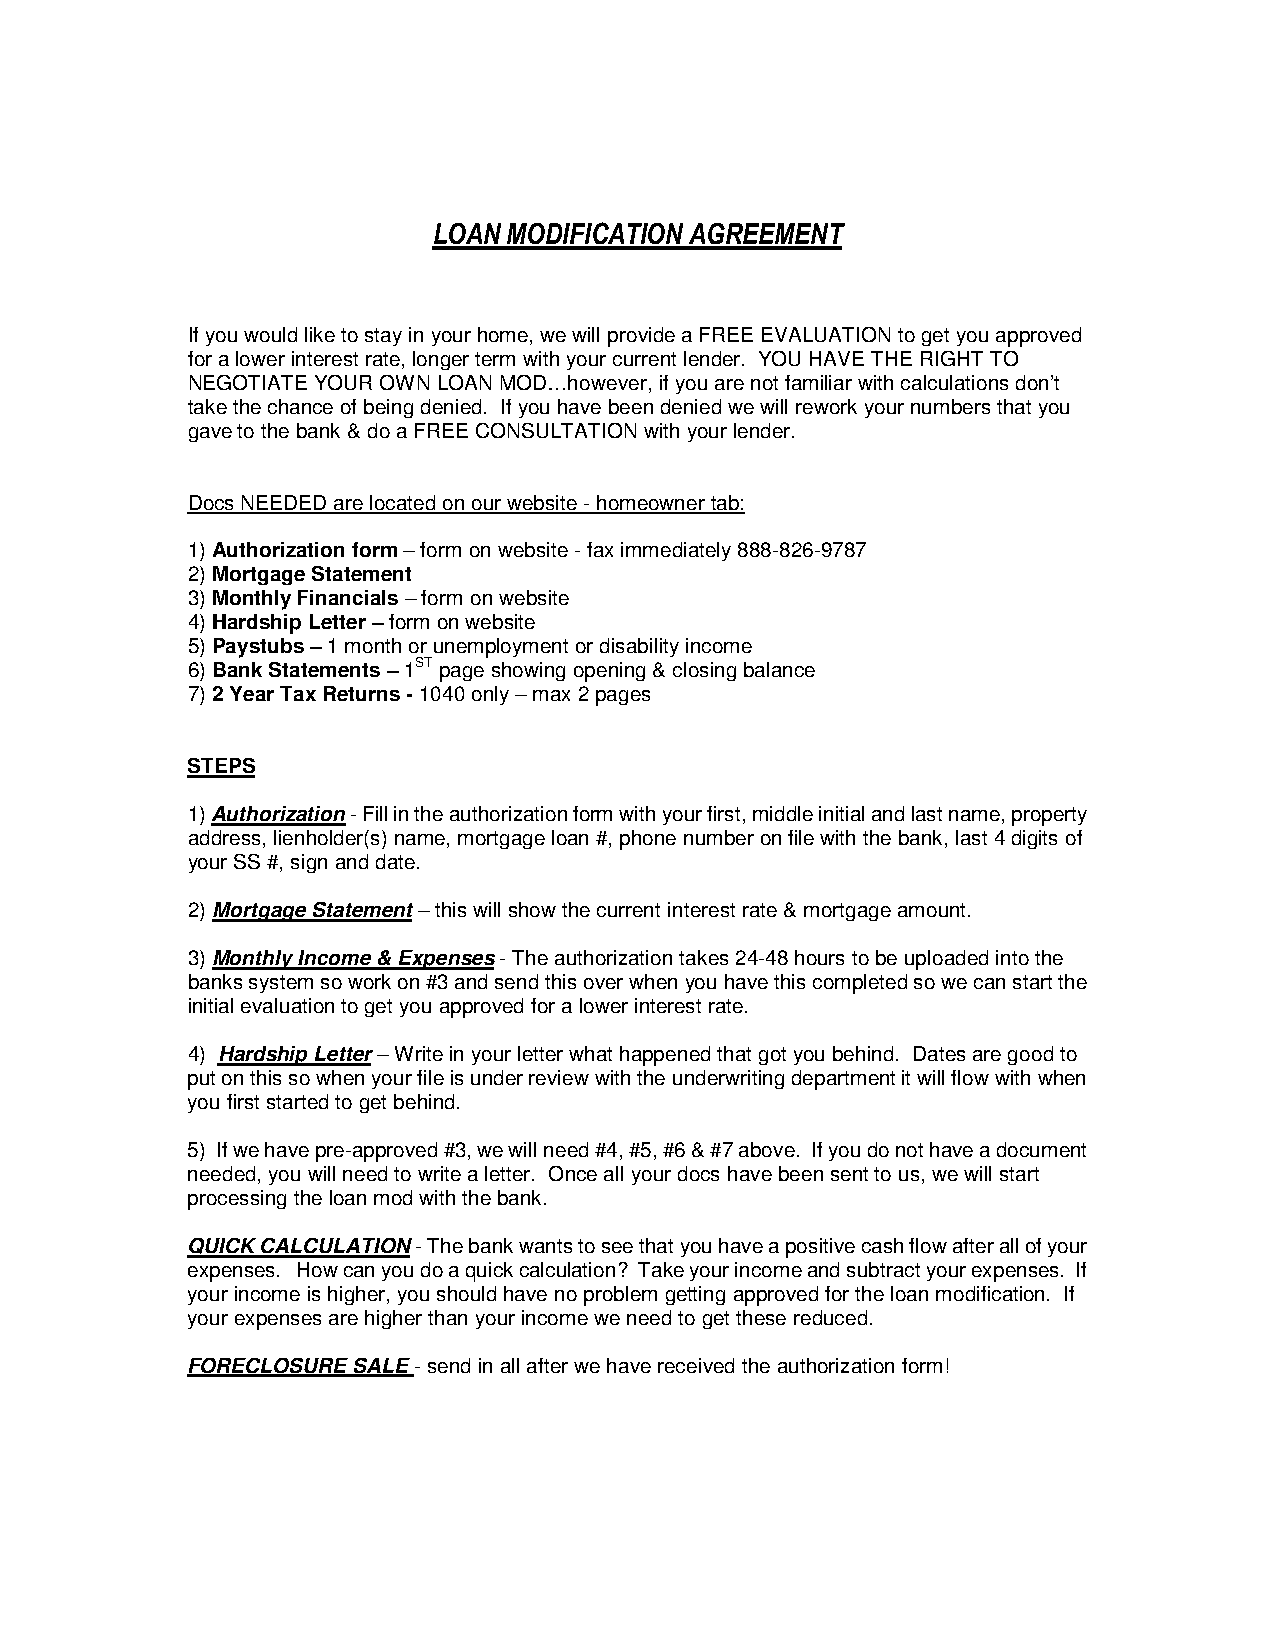
LOAN MODIFICATION AGREEMENT
 If you would like to stay in your home, we will provide a FREE EVALUATION to get you approved
 for a lower interest rate, longer term with your current lender. YOU HAVE THE RIGHT TO
 NEGOTIATE YOUR OWN LOAN MOD…however, if you are not familiar with calculations don’t
 take the chance of being denied. If you have been denied we will rework your numbers that you
 gave to the bank & do a FREE CONSULTATION with your lender.
 Docs NEEDED are located on our website - homeowner tab:
 1) Authorization form – form on website - fax immediately 888-826-9787
 2) Mortgage Statement
 3) Monthly Financials – form on website
 4) Hardship Letter – form on website
 5) Paystubs – 1 month or unemployment or disability income
 6) Bank Statements – 1ST page showing opening & closing balance
 7) 2 Year Tax Returns - 1040 only – max 2 pages
 STEPS
 1) Authorization - Fill in the authorization form with your first, middle initial and last name, property
 address, lienholder(s) name, mortgage loan #, phone number on file with the bank, last 4 digits of
 your SS #, sign and date.
 2) Mortgage Statement – this will show the current interest rate & mortgage amount.
 3) Monthly Income & Expenses - The authorization takes 24-48 hours to be uploaded into the
 banks system so work on #3 and send this over when you have this completed so we can start the
 initial evaluation to get you approved for a lower interest rate.
 4) Hardship Letter – Write in your letter what happened that got you behind. Dates are good to
 put on this so when your file is under review with the underwriting department it will flow with when
 you first started to get behind.
 5) If we have pre-approved #3, we will need #4, #5, #6 & #7 above. If you do not have a document
 needed, you will need to write a letter. Once all your docs have been sent to us, we will start
 processing the loan mod with the bank.
 QUICK CALCULATION - The bank wants to see that you have a positive cash flow after all of your
 expenses. How can you do a quick calculation? Take your income and subtract your expenses. If
 your income is higher, you should have no problem getting approved for the loan modification. If
 your expenses are higher than your income we need to get these reduced.
 FORECLOSURE SALE - send in all after we have received the authorization form!